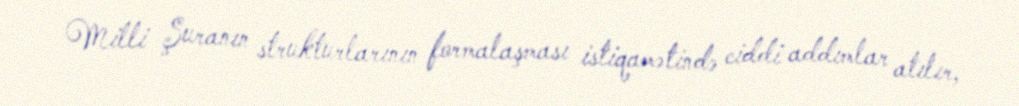
Milli Şuranın strukturlarının formalaşması istiqamətində ciddi addımlar atılır,